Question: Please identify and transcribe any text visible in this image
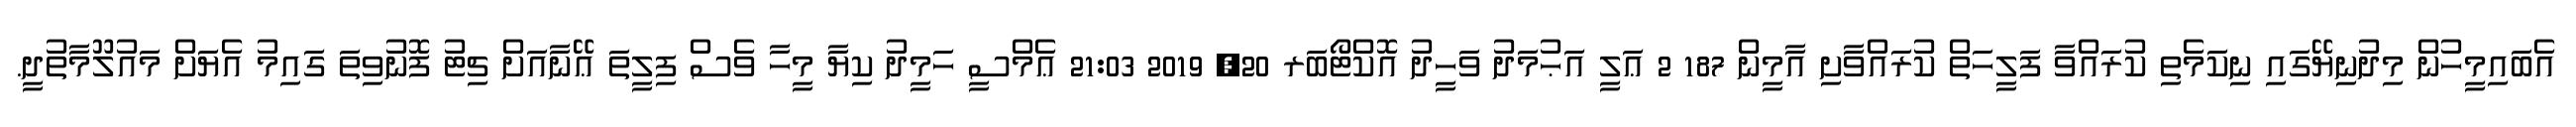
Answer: އެބައިމީހުން މިދުނިޔޭގައި ނިކަމެތި ކުރައްވާ ފަލީހަތް ކުރައްވާށި އާމީން 187 2 ޢަލީ އަޙުމަދު ވަހީދު އޮކްޓޯބަރ 20, 2019 21:03 ޢެމްސީ ހަމީދު ކިޔާ މީހާ ވެސް ފިލީތަ ޢޭނާއަށް ޗިޓު ފޮނުވިތަ ގައިމު އެޔަށް މައުލޫމާތުދީ.